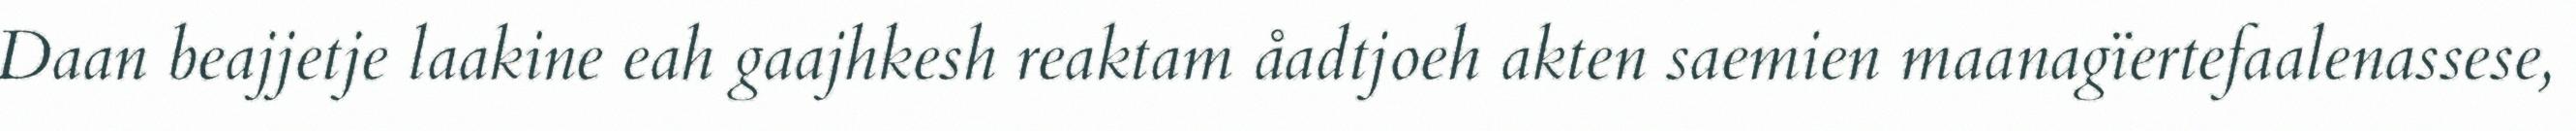
Daan beajjetje laakine eah gaajhkesh reaktam åadtjoeh akten saemien maanagïertefaalenassese,